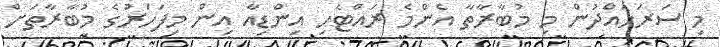
މި ސަރަހައްދުން މި މުބާރާތާ އެންމެ ރައްޓެހި އިންޑިއާ އިން މިފަހަރުގެ މުބާރާތަށް